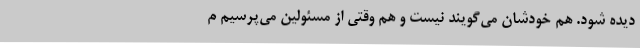
دیده شود. هم خودشان می‌گویند نیست و هم وقتی از مسئولین می‌پرسیم م